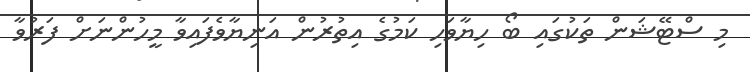
މި ސްޓޭޝަން ތަކުގައި ބޯ ހިޔާވަހި ކަމުގެ އިތުރުން އަނިޔާވެފައިވާ މީހުންނަށް ފަރުވާ